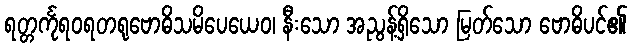
ရတ္တင်္ကုရဝရတရုဗောဓိသမိပေယေဝ၊ နီးသော အညွန့်ရှိသော မြတ်သော ဗောဓိပင်၏